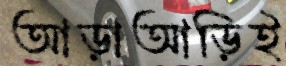
আড়াআড়িই